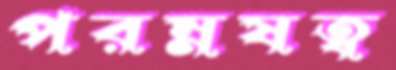
পরম্নষত্ব